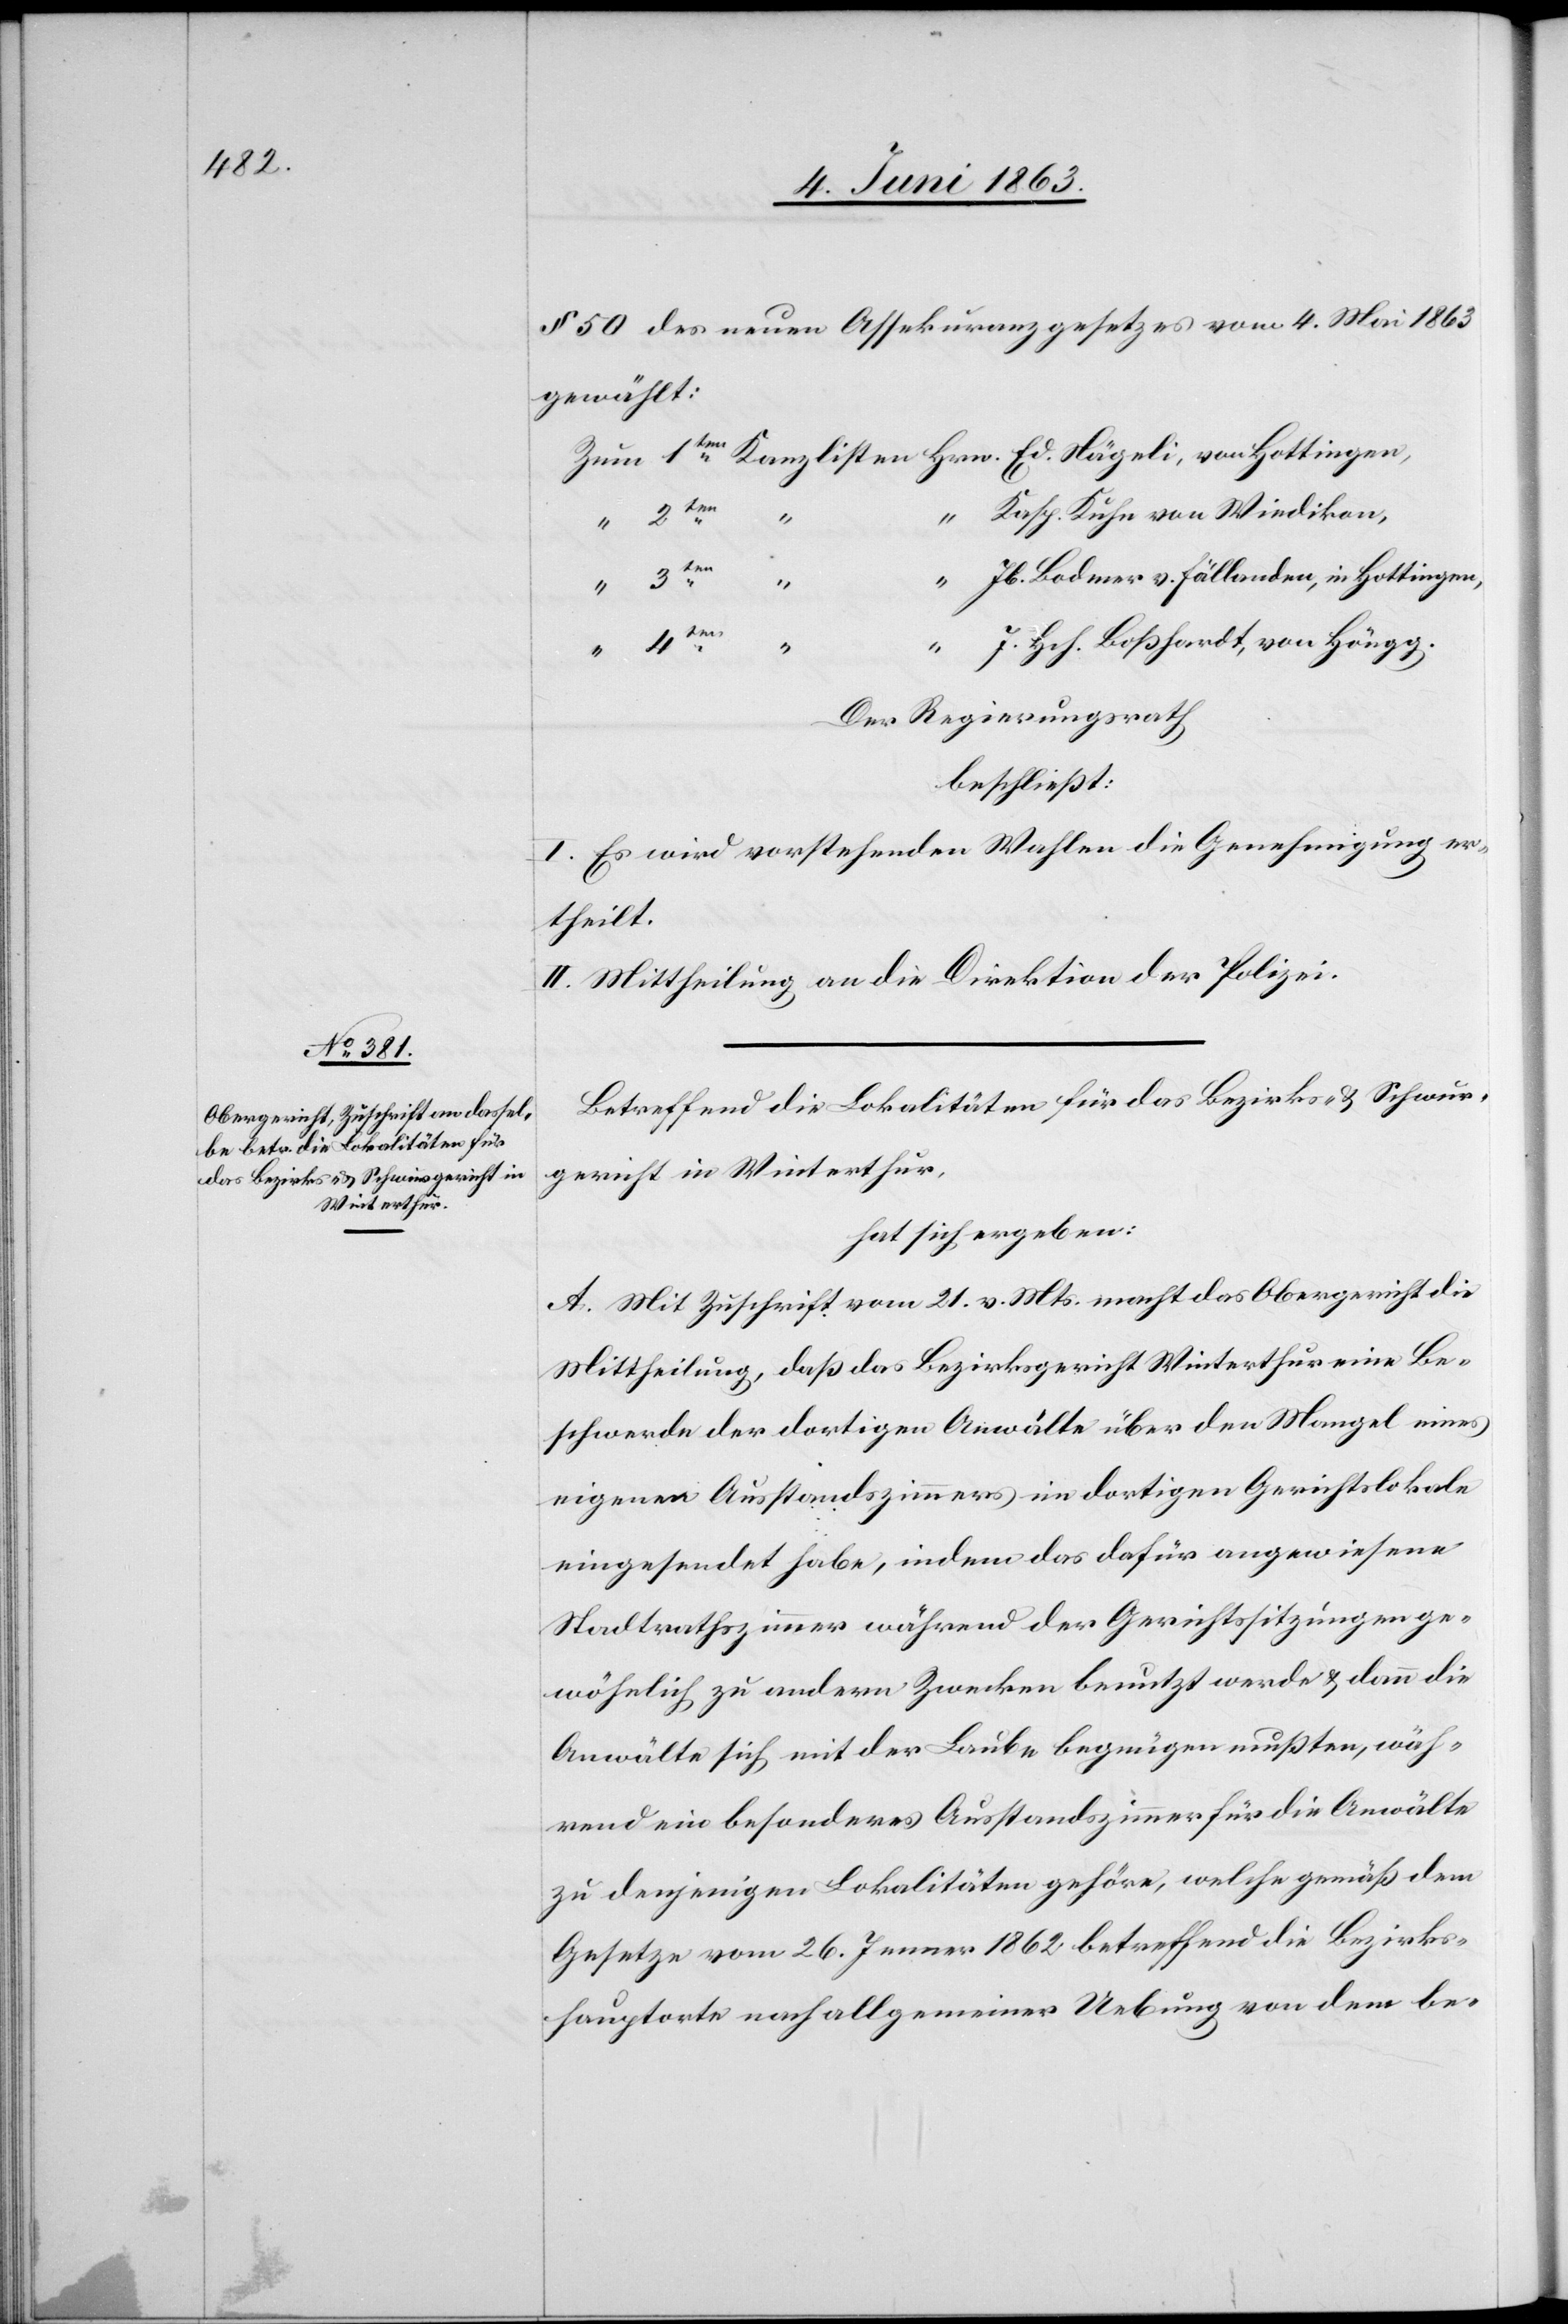
§ 50 des neuen Assekuranzgesetzes vom 4. Mai 1863
gewählt:
“
Kasp. Kuhn von Wiedikon,
Jb. Bodmer v. Fällanden, in Hottingen,
J. Hch. Boßhardt, von Höngg.
Der Regierungsrath
beschließt:
I. Es wird vorstehenden Wahlen die Genehmigung er¬
theilt.
II. Mittheilung an die Direktion der Polizei.
Betreffend die Lokalitäten für das Bezirks- & Schwur¬
gericht in Winterthur,
hat sich ergeben:
A. Mit Zuschrift vom 21. v. Mts. macht das Obergericht die
Mittheilung, daß das Bezirksgericht Winterthur eine Be¬
schwerde der dortigen Anwälte über den Mangel eines
eigenen Ausstandszimmers im dortigen Gerichtslokale
eingesendet habe, indem das dafür angewiesene
Stadtrathszimmer während der Gerichtssitzungen ge¬
wöhnlich zu andern Zwecken benutzt werde & dann die
Anwälte sich mit der Laube begnügen mußten, wäh¬
rend ein besonderes Ausstandszimmer für die Anwälte
zu denjenigen Lokalitäten gehöre, welche gemäß dem
Gesetze vom 26. Jenner 1862 betreffend die Bezirks¬
hauptorte nach allgemeiner Uebung von dem be-